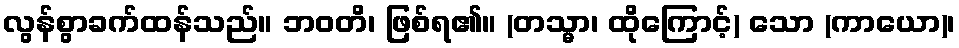
လွန်စွာခက်ထန်သည်။ ဘဝတိ၊ ဖြစ်ရ၏။ (တသ္မာ၊ ထိုကြောင့်) သော (ကာယော)၊